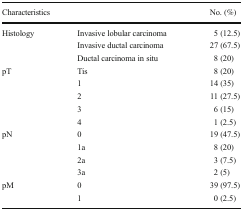
<table><thead><tr><td colspan="2"><b>Characteristics</b></td><td><b>No. (%)</b></td></tr></thead><tbody><tr><td rowspan="3">Histology</td><td>Invasive lobular carcinoma</td><td>5 (12.5)</td></tr><tr><td>Invasive ductal carcinoma</td><td>27 (67.5)</td></tr><tr><td>Ductal carcinoma in situ</td><td>8 (20)</td></tr><tr><td rowspan="5">pT</td><td>Tis</td><td>8 (20)</td></tr><tr><td>1</td><td>14 (35)</td></tr><tr><td>2</td><td>11 (27.5)</td></tr><tr><td>3</td><td>6 (15)</td></tr><tr><td>4</td><td>1 (2.5)</td></tr><tr><td rowspan="4">pN</td><td>0</td><td>19 (47.5)</td></tr><tr><td>1a</td><td>8 (20)</td></tr><tr><td>2a</td><td>3 (7.5)</td></tr><tr><td>3a</td><td>2 (5)</td></tr><tr><td rowspan="2">pM</td><td>0</td><td>39 (97.5)</td></tr><tr><td>1</td><td>0 (2.5)</td></tr></tbody></table>